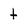
Character: t